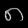
Digit: ၈